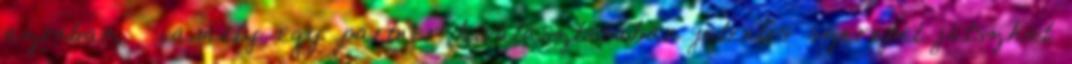
azonban, – amely egy partner kiválasztásában jelentős szerepet játszhat